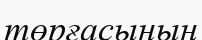
төрғасының